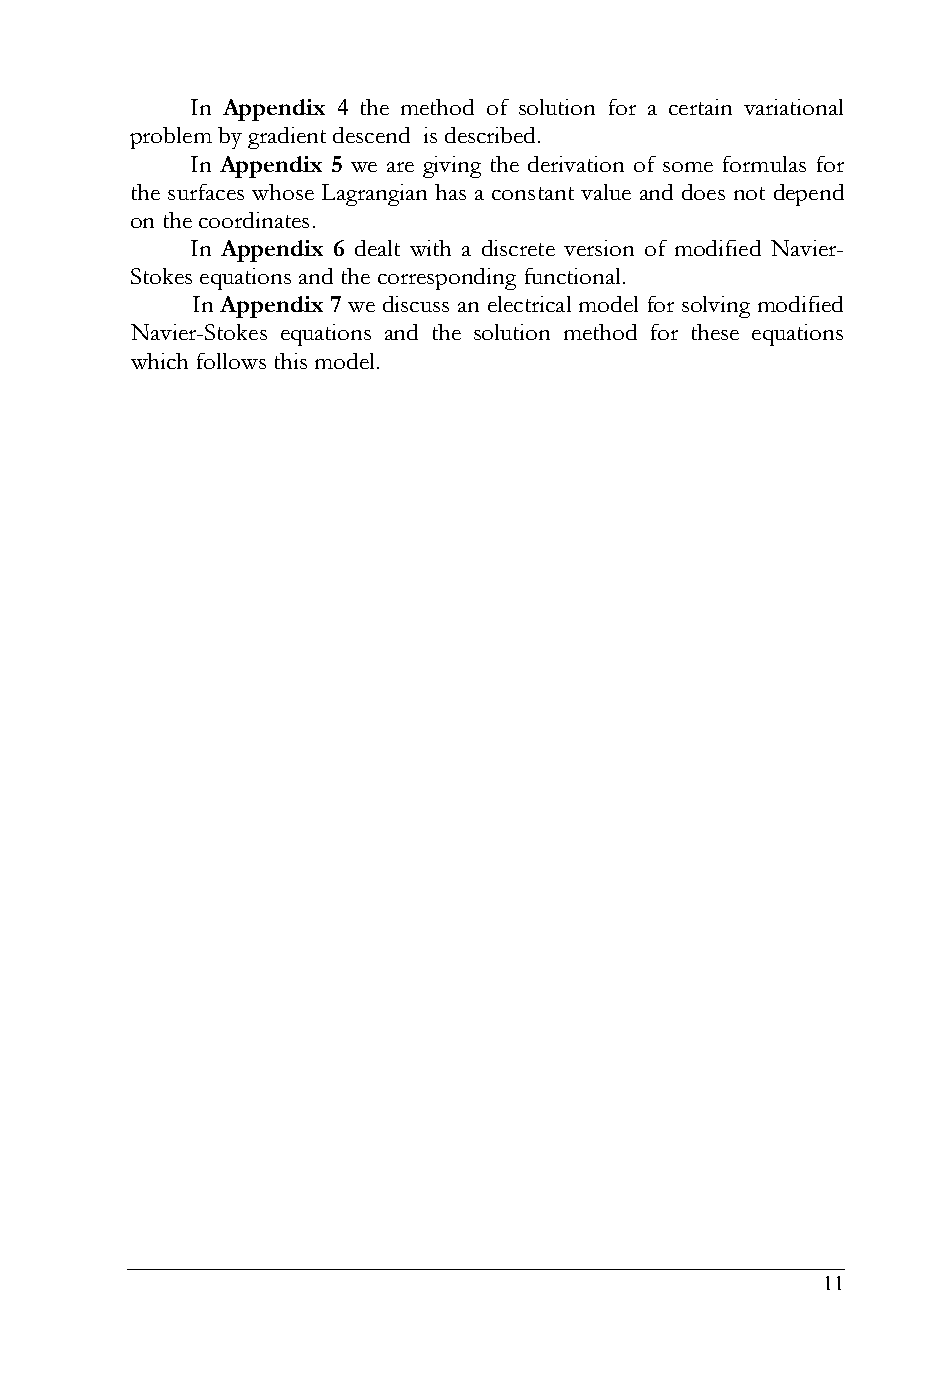
In Appendix 4 the method of solution for a certain variational
 problem by gradient descend is described.
 In Appendix 5 we are giving the derivation of some formulas for
 the surfaces whose Lagrangian has a constant value and does not depend
 on the coordinates.
 In Appendix 6 dealt with a discrete version of modified Navier-
 Stokes equations and the corresponding functional.
 In Appendix 7 we discuss an electrical model for solving modified
 Navier-Stokes equations and the solution method for these equations
 which follows this model.
 11